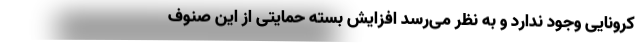
کرونایی وجود ندارد و به نظر می‌رسد افزایش بسته حمایتی از این صنوف